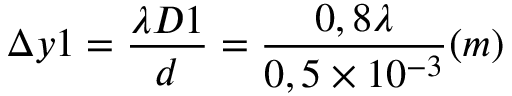
\Delta y 1 = \frac { \lambda D 1 } { d } = \frac { 0 , 8 \lambda } { 0 , 5 \times 1 0 ^ { - 3 } } ( m )